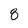
Character: 8